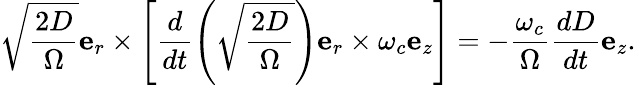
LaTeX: \sqrt{\frac{2D}{\Omega}}\mathbf{e}_{r}\times\left[\frac{d}{dt}\left(\sqrt{\frac{2D}{\Omega}}\right)\mathbf{e}_{r}\times\omega_{c}\mathbf{e}_{z}\right]=-\frac{\omega_{c}}{\Omega}\frac{dD}{dt}\mathbf{e}_{z}.